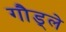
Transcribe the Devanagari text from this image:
गौड्ले